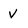
Character: V